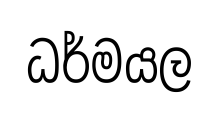
ධර්මයල